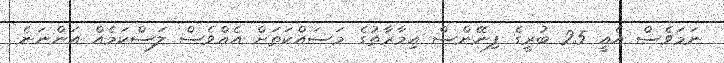
ނަމަވެސް އެއީ 25 ބުރީގެ ފިނޭންސް އިމާރާތުގެ މަސައްކަތަށް އެއްވެސް ލަސްކަމެއް އަންނަނެ